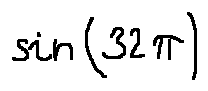
\sin ( 3 2 \pi )